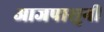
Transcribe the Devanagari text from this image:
आजपासुनी